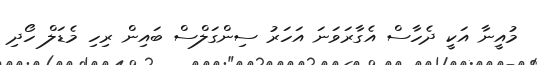
މުއީނާ އަކީ ދެހާސް އެގާރަވަނަ އަހަރު ސިންގަލްސް ބައިން ރިހި މެޑަލް ހޯދި